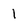
Character: 1